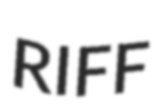
RIFF